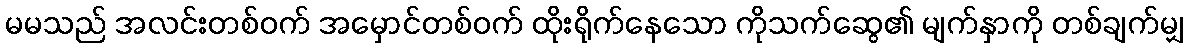
မမသည် အလင်းတစ်ဝက် အမှောင်တစ်ဝက် ထိုးရိုက်နေသော ကိုသက်ဆွေ၏ မျက်နှာကို တစ်ချက်မျှ